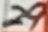
Text: 29